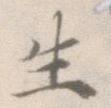
生